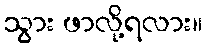
သွား ဖာလို့ရလား။